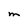
Character: M